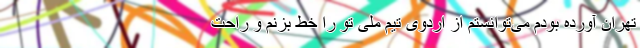
تهران آورده بودم می‌توانستم از اردوی تیم ملی تو را خط بزنم و راحت